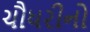
ચૌધરીનો